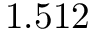
1 . 5 1 2